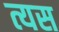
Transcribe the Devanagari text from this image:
त्यस